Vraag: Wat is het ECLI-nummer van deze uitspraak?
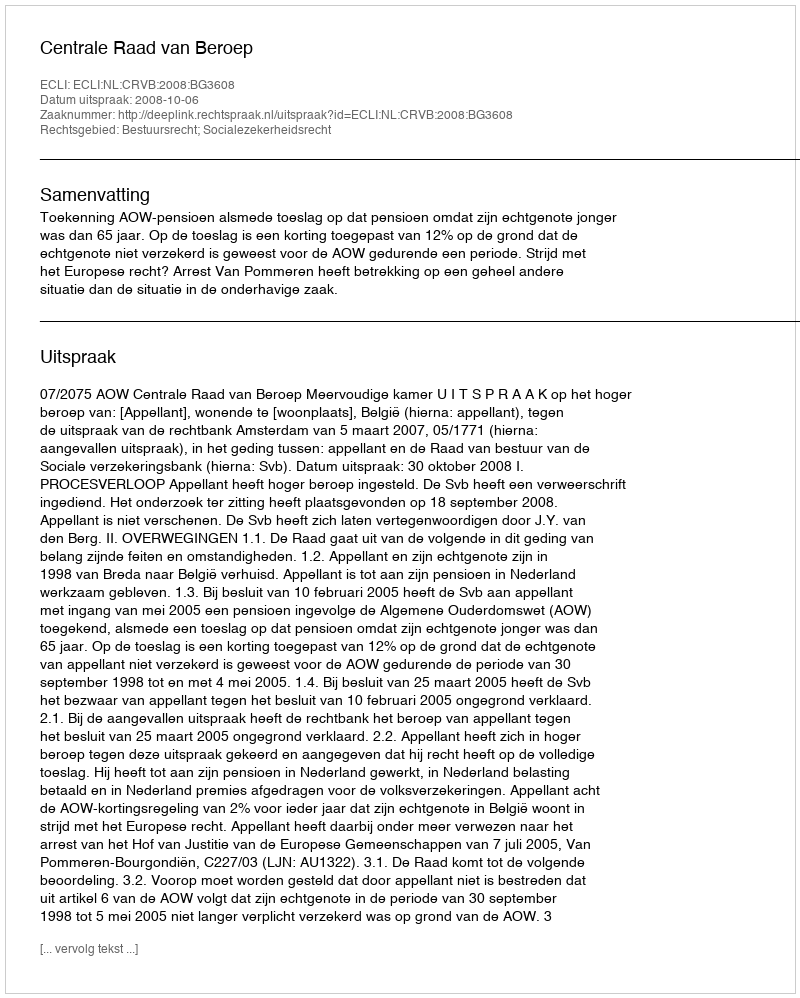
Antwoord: ECLI:NL:CRVB:2008:BG3608